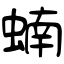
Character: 蝻